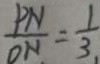
\frac { P N } { O N } = \frac { 1 } { 3 }